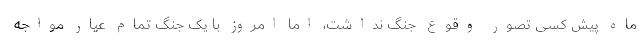
ماه پیش کسی تصور وقوع جنگ نداشت، اما امروز با یک جنگ تمام عیار مواجه